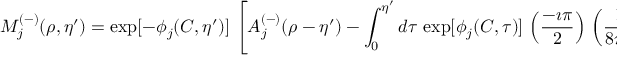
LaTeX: M _ { j } ^ { ( - ) } ( \rho , \eta ^ { \prime } ) = \exp [ - \phi _ { j } ( C , \eta ^ { \prime } ) ] \, \left[ A _ { j } ^ { ( - ) } ( \rho - \eta ^ { \prime } ) - \int _ { 0 } ^ { \eta ^ { \prime } } d \tau \, \exp [ \phi _ { j } ( C , \tau ) ] \, \left( \frac { - \imath \pi } { 2 } \right) \, \left( \frac { 1 } { 8 \pi ^ { 2 } } \right) \, \sum _ { j ^ { \prime } } r _ { j j ^ { \prime } } \, M _ { j ^ { \prime } } ^ { ( + ) } ( C , \tau ) \right] ~ .